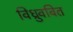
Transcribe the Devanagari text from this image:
विध्रुववित